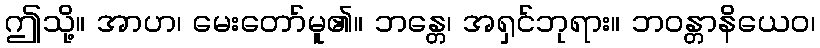
ဤသို့။ အာဟ၊ မေးတော်မူ၏။ ဘန္တေ၊ အရှင်ဘုရား။ ဘဝန္တာနိယေဝ၊